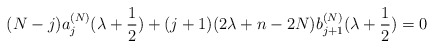
\begin{align*} (N-j)a_j^{(N)}(\lambda+\frac{1}{2}) +(j+1)(2\lambda+n-2N)b_{j+1}^{(N)}(\lambda+\frac{1}{2})=0 \end{align*}